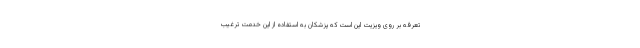
تعرفه بر روی ویزیت این است که پزشکان به استفاده از این خدمت ترغیب